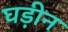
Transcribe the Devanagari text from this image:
घड़ीन